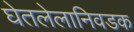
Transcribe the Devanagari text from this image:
घेतलेलानिवडक